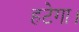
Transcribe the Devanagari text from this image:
हटेगा।